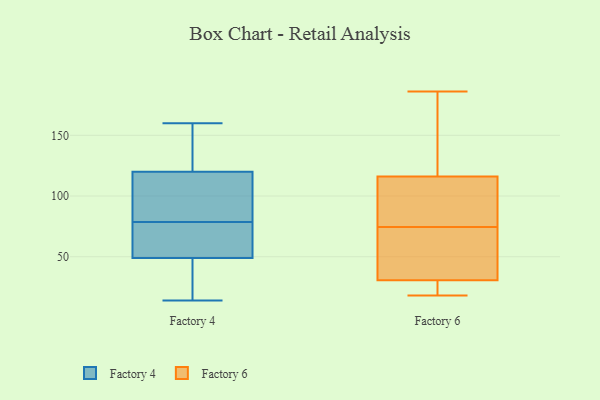
{"axis": {"x": "Gross Profit (USD K)", "y": "Value"}, "legend": ["Factory 4", "Factory 6"], "data": [{"x": "", "y": 81, "type": "Factory 4"}, {"x": "", "y": 55, "type": "Factory 4"}, {"x": "", "y": 120, "type": "Factory 4"}, {"x": "", "y": 133, "type": "Factory 4"}, {"x": "", "y": 110, "type": "Factory 4"}, {"x": "", "y": 116, "type": "Factory 4"}, {"x": "", "y": 76, "type": "Factory 4"}, {"x": "", "y": 14, "type": "Factory 4"}, {"x": "", "y": 49, "type": "Factory 4"}, {"x": "", "y": 150, "type": "Factory 4"}, {"x": "", "y": 157, "type": "Factory 4"}, {"x": "", "y": 63, "type": "Factory 4"}, {"x": "", "y": 41, "type": "Factory 4"}, {"x": "", "y": 160, "type": "Factory 4"}, {"x": "", "y": 112, "type": "Factory 4"}, {"x": "", "y": 32, "type": "Factory 4"}, {"x": "", "y": 65, "type": "Factory 4"}, {"x": "", "y": 24, "type": "Factory 4"}, {"x": "", "y": 44, "type": "Factory 6"}, {"x": "", "y": 186, "type": "Factory 6"}, {"x": "", "y": 29, "type": "Factory 6"}, {"x": "", "y": 19, "type": "Factory 6"}, {"x": "", "y": 149, "type": "Factory 6"}, {"x": "", "y": 181, "type": "Factory 6"}, {"x": "", "y": 73, "type": "Factory 6"}, {"x": "", "y": 80, "type": "Factory 6"}, {"x": "", "y": 32, "type": "Factory 6"}, {"x": "", "y": 83, "type": "Factory 6"}, {"x": "", "y": 76, "type": "Factory 6"}, {"x": "", "y": 18, "type": "Factory 6"}]}